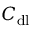
C _ { \mathrm { d l } }